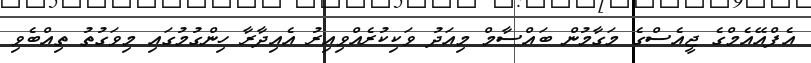
އެފްއޭއެމްގެ ޖީއެސްގެ މަގާމުން ބައްސާމް މިއަދު ވަކިކުރެއްވިއިރު އެއިދާރާ ހިންގުމުގައި މިވަގުތު ތިއްބެވި